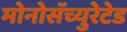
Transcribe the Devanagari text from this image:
मोनोसॅच्युरेटेड